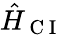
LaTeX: \hat{H}_{\mathrm{~C~I~}}